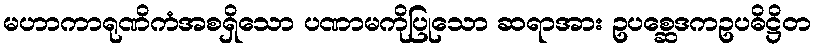
မဟာကာရုဏိကံအစရှိသော ပဏာမကိုပြုသော ဆရာအား ဥပစ္ဆေဒကဥပဓိဋ္ဌိတ